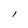
Character: l